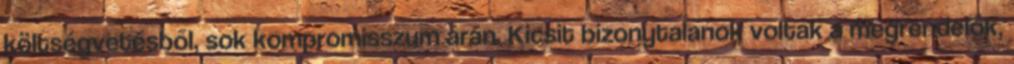
költségvetésből, sok kompromisszum árán. Kicsit bizonytalanok voltak a megrendelők,